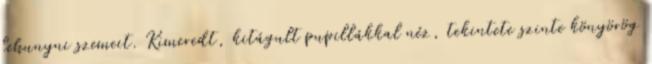
lehunyni szemeit. Kimeredt, kitágult pupillákkal néz, tekintete szinte könyörög